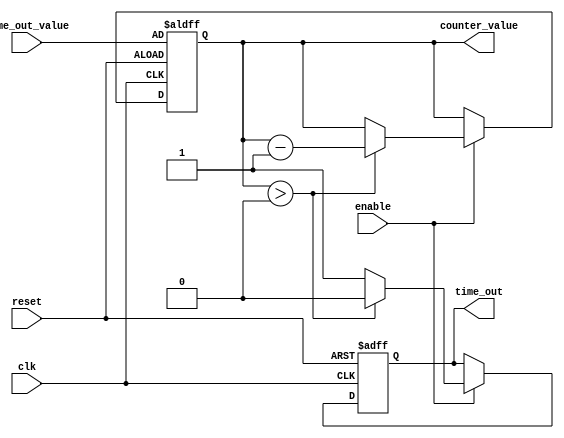
module time_out_counter (
    input wire clk,                     // Clock signal
    input wire reset,                   // Reset signal (active-high)
    input wire enable,                  // Enable signal (active-high)
    input wire [15:0] time_out_value,   // Time-out value (16-bit wide)
    output reg time_out,                // Time-out signal (active-high)
    output reg [15:0] counter_value      // Current counter value (16-bit wide)
);

    // State declaration
    initial begin
        counter_value = 16'b0;          // Initialize counter value
        time_out = 1'b0;                // Initialize time-out signal
    end

    // Always block for synchronous logic
    always @(posedge clk or posedge reset) begin
        if (reset) begin
            counter_value <= time_out_value; // Reset counter to time_out_value
            time_out <= 1'b0;                // Deassert time-out signal
        end else if (enable) begin
            if (counter_value > 0) begin
                counter_value <= counter_value - 1; // Decrement counter
                time_out <= 1'b0;                // Deassert time-out signal
            end else begin
                time_out <= 1'b1;                // Assert time-out signal
            end
        end
    end

endmodule